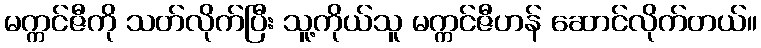
မက္ကင်ဇီကို သတ်လိုက်ပြီး သူ့ကိုယ်သူ မက္ကင်ဇီဟန် ဆောင်လိုက်တယ်။